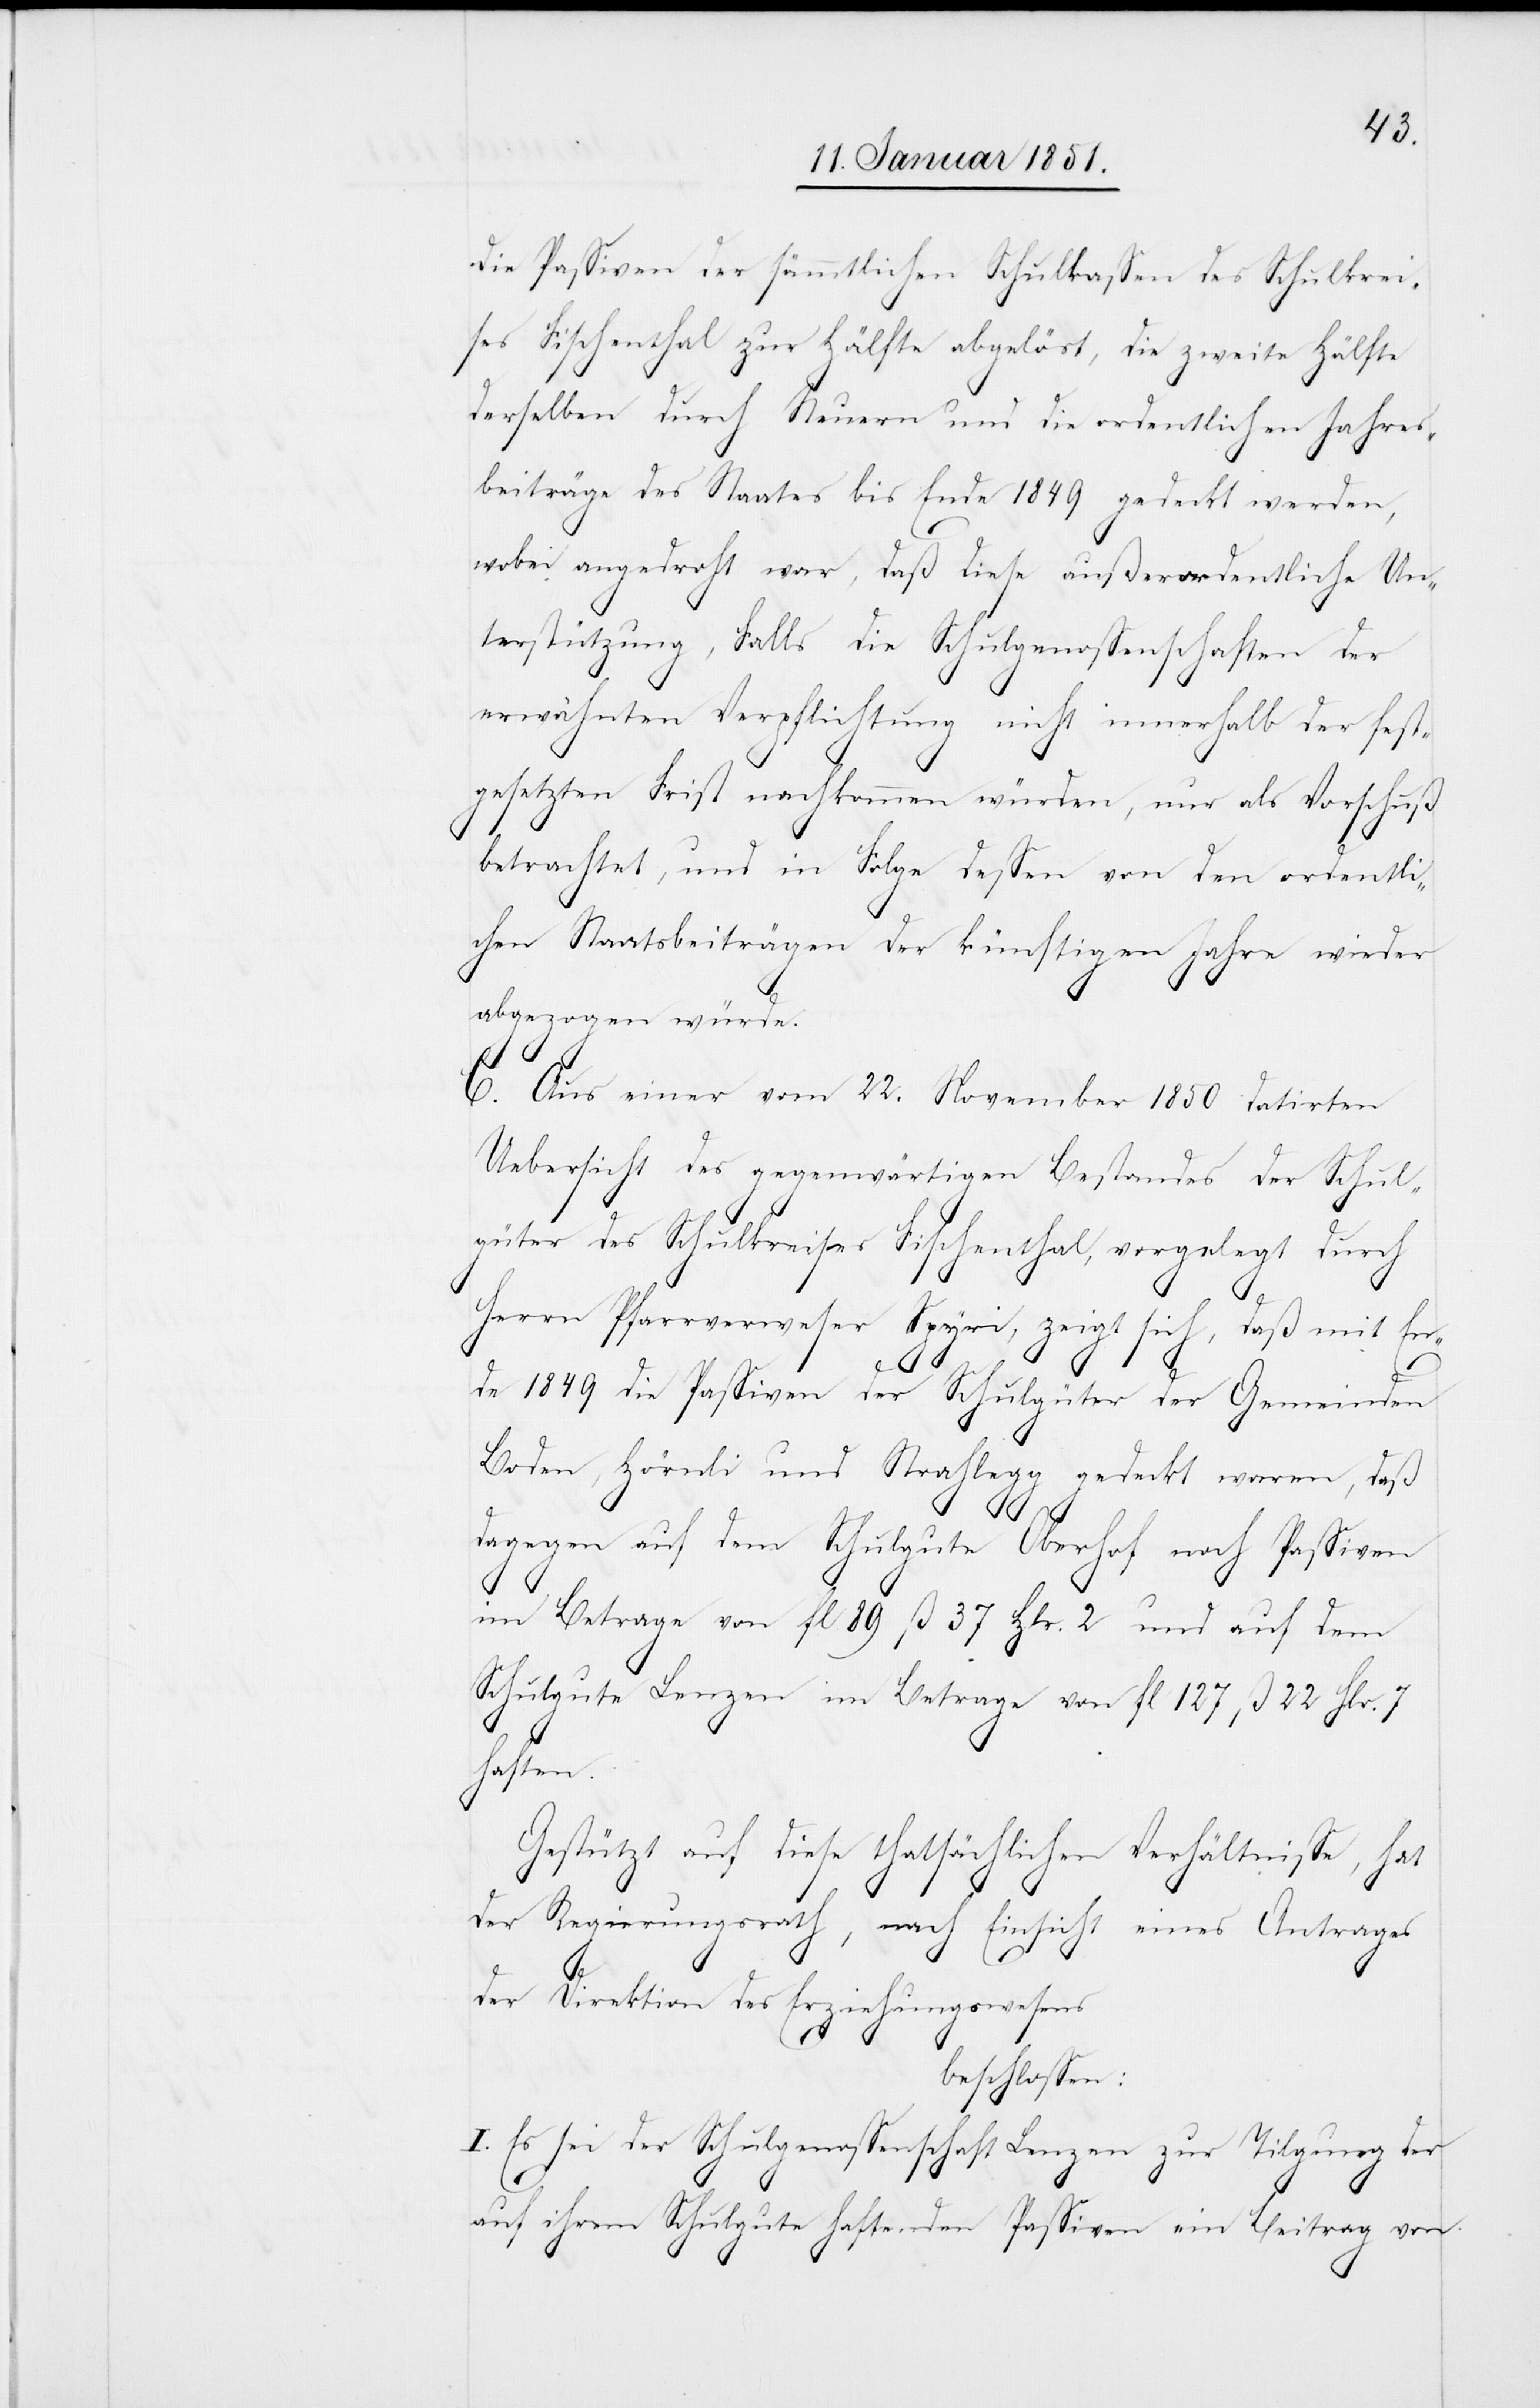
die Passiven der sämmtlichen Schulkassen des Schulkrei¬
ses Fischenthal zur Hälfte abgelöst, die zweite Hälfte
derselben durch Steuern und die ordentlichen Jahres¬
beiträge des Staates bis Ende 1849 gedeckt werden,
wobei angedroht war, daß diese außerordentliche Un¬
terstützung, Falls die Schulgenossenschaften der
erwähnten Verpflichtung nicht innerhalb der fest¬
gesetzten Frist nachkommen würden, nur als Vorschuß
betrachtet, und in Folge dessen von den ordentli¬
chen Staatsbeiträgen der künftigen Jahre wieder
abgezogen würde.
C. Aus einer vom 22. November 1850 datirten
Uebersicht des gegenwärtigen Bestandes der Schul¬
güter des Schulkreises Fischenthal, vorgelegt durch
Herrn Pfarrverweser Spyri, zeigt sich, daß mit En¬
de 1849 die Passiven der Schulgüter der Gemeinden
Boden, Hörnli und Strahlegg gedeckt waren, daß
dagegen auf dem Schulgute Oberhof noch Passiven
im Betrage von fl. 89 ß. 37 Hlr. 2 und auf dem
Schulgute Lenzen im Betrage von fl. 127 ß. 22 Hlr. 7
haften.
Gestützt auf diese thatsächlichen Verhältnisse, hat
der Regierungsrath, nach Einsicht eines Antrages
der Direktion des Erziehungswesens
beschlossen:
I. Es sei der Schulgenossenschaft Lenzen zur Tilgung der
auf ihrem Schulgute haftenden Passiven ein Beitrag von